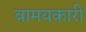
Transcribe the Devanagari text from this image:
बामयकारी